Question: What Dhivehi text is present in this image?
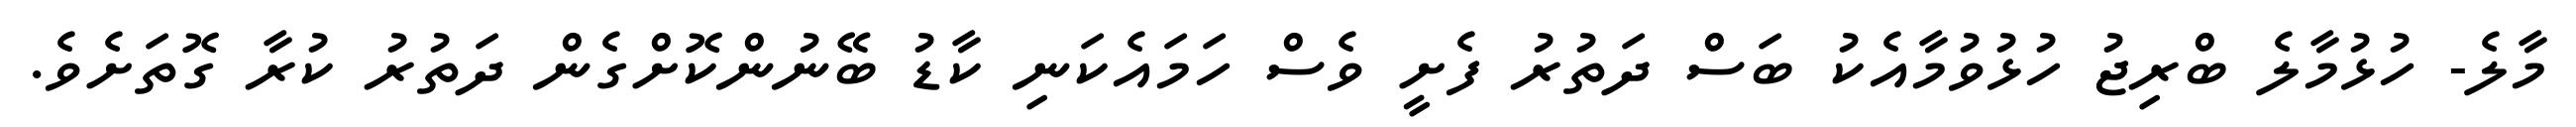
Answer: މާލެ- ހުޅުމާލެ ބްރިޖު ހުޅުވުމާއެކު ބަސް ދަތުރު ފެށީ ވެސް ހަމައެކަނި ކާޑު ބޭނުންކޮށްގެން ދަތުރު ކުރާ ގޮތަށެވެ.